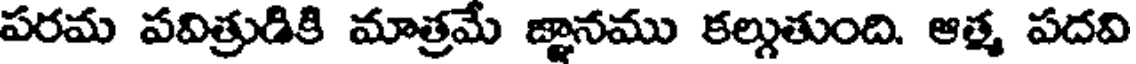
పరమ పవిత్రుడికి మాత్రమే జ్ఞానము కల్గుతుంది. ఆత్మ పదవి